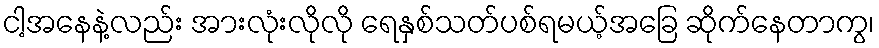
ငါ့အနေနဲ့လည်း အားလုံးလိုလို ရေနှစ်သတ်ပစ်ရမယ့်အခြေ ဆိုက်နေတာကွ၊